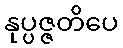
နုပ္ပဇ္ဇတိပေ